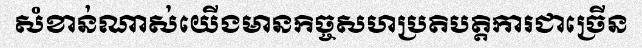
សំខាន់ណាស់យើងមានកិច្ចសហប្រតិបត្តិការជាច្រើន